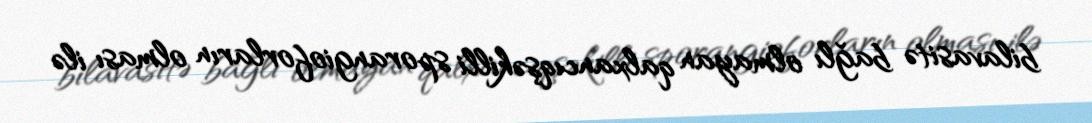
bilavasitə bağlı olmayan qalxancıqşəkilli sporangioforların olması ilə